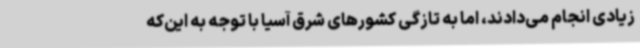
زیادی انجام می‌دادند، اما به تازگی کشورهای شرق آسیا با توجه به این‌که